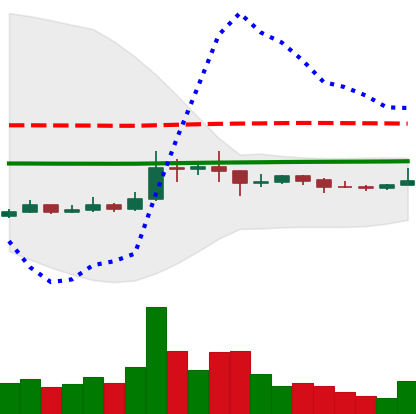
Ticker: XRP-USD
Chart end date: 2021-01-19
Forward return: -7.069%
Label: down_7plus